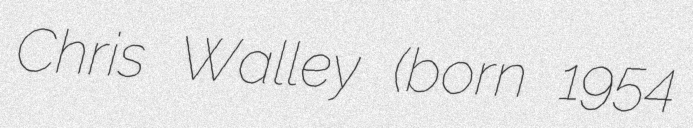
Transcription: Chris Walley (born 1954